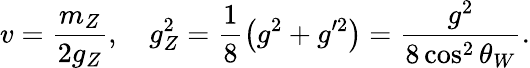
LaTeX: v=\frac{m_{Z}}{2g_{Z}},\quad g_{Z}^{2}=\frac{1}{8}\left(g^{2}+g^{\prime 2}\right)=\frac{g^{2}}{8\cos^{2}\theta_{W}}.